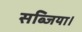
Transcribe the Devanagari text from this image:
सब्जिया।